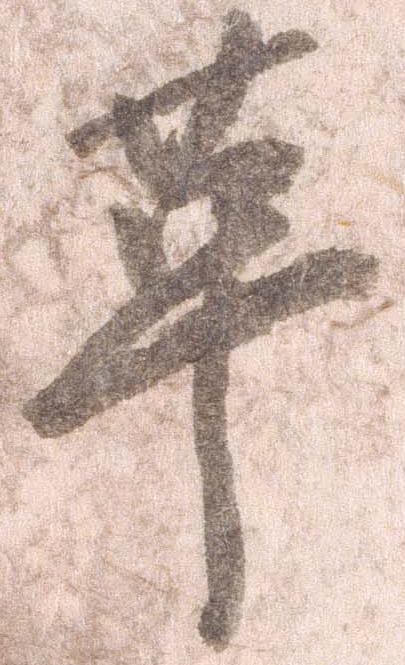
革